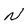
Character: N